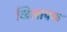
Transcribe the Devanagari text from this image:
खिलापफ